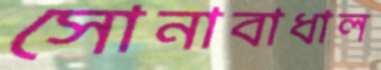
সোনাবাধাল